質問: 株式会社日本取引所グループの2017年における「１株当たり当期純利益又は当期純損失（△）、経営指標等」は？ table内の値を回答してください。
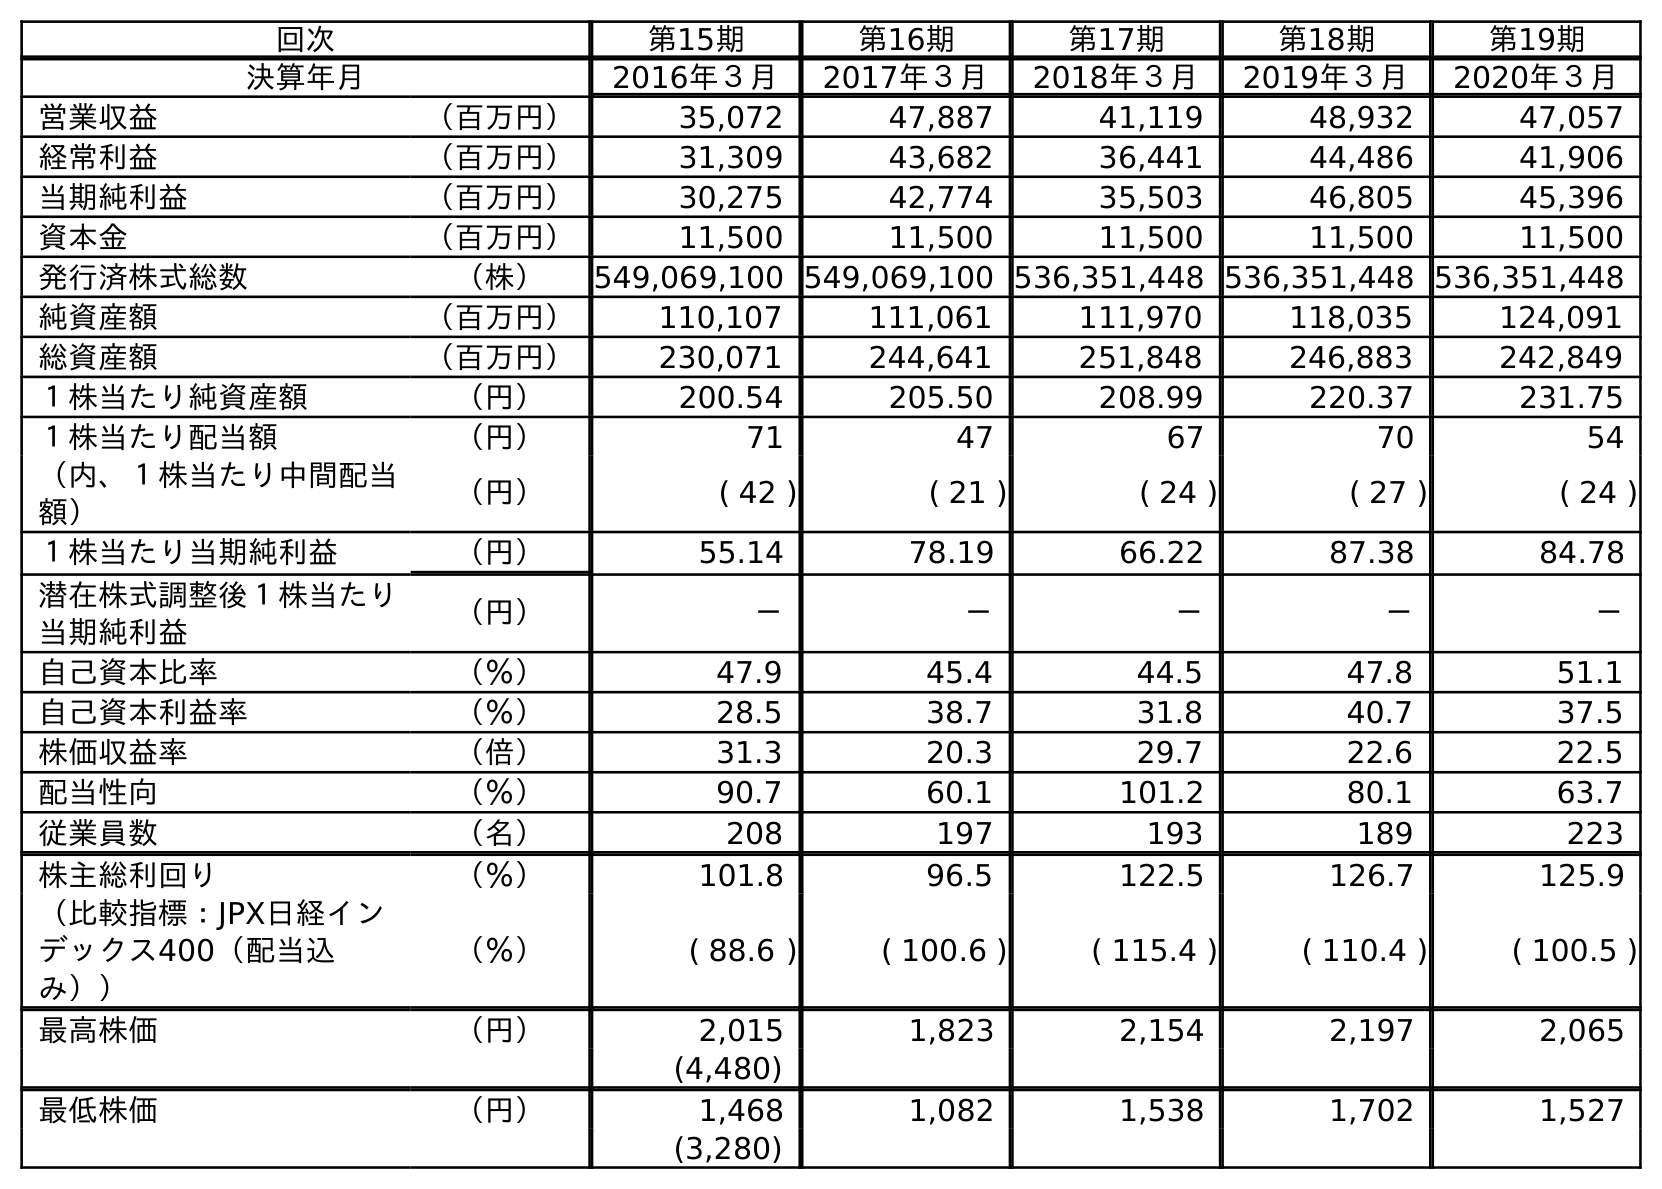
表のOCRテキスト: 回次 第15期 第16期 第17期 第18期 第19期 決算年月 2016年３月 2017年３月 2018年３月 2019年３月 2020年３月 営業収益 （百万円） 35,072 47,887 41,119 48,932 47,057 経常利益 （百万円） 31,309 43,682 36,441 44,486 41,906 当期純利益 （百万円） 30,275 42,774 35,503 46,805 45,396 資本金 （百万円） 11,500 11,500 11,500 11,500 11,500 発行済株式総数 （株） 549,069,100 549,069,100 536,351,448 536,351,448 536,351,448 純資産額 （百万円） 110,107 111,061 111,970 118,035 124,091 総資産額 （百万円） 230,071 244,641 251,848 246,883 242,849 １株当たり純資産額 （円） 200.54 205.50 208.99 220.37 231.75 １株当たり配当額 （円） 71 47 67 70 54 （内、１株当たり中間配当 額） （円） ( 42 ) ( 21 ) ( 24 ) ( 27 ) ( 24 ) １株当たり当期純利益 （円） 55.14 78.19 66.22 87.38 84.78 潜在株式調整後１株当たり 当期純利益 （円） － － － － － 自己資本比率 （％） 47.9 45.4 44.5 47.8 51.1 自己資本利益率 （％） 28.5 38.7 31.8 40.7 37.5 株価収益率 （倍） 31.3 20.3 29.7 22.6 22.5 配当性向 （％） 90.7 60.1 101.2 80.1 63.7 従業員数 （名） 208 197 193 189 223 株主総利回り （％） 101.8 96.5 122.5 126.7 125.9 （比較指標：JPX日経イン デックス400（配当込 み）） （％） ( 88.6 ) ( 100.6 ) ( 115.4 ) ( 110.4 ) ( 100.5 ) 最高株価 （円） 2,015 1,823 2,154 2,197 2,065 (4,480) 最低株価 （円） 1,468 1,082 1,538 1,702 1,527 (3,280)
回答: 78.19